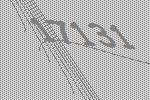
17131